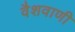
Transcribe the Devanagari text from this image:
वैशवाणी